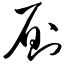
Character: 厕